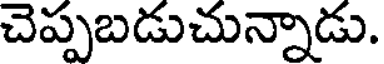
చెప్పబడుచున్నాడు.